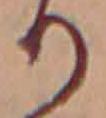
り